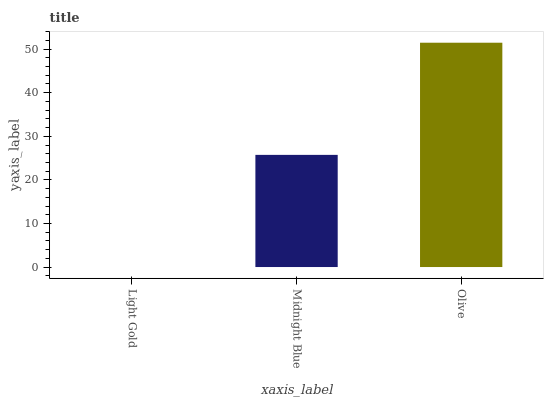
| xaxis_label | bars |
 | --- | --- |
 | Light Gold | 0 |
 | Midnight Blue | 25.7 |
 | Olive | 51.5 |